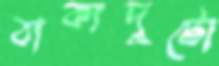
বাক্যদুটো